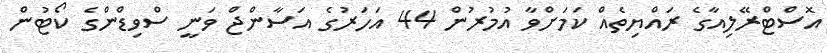
އޮސްޓްރޭލިއާގެ ރައްޔިތެއް ކަމަށްވާ އުމުރުން 44 އަހަރުގެ އަސާންޖް ވަނީ ސްވިޑްންގެ ކޯޓުން